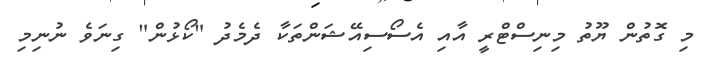
މި ގޮތުން ޔޫތު މިނިސްޓްރީ އާއި އެސޯސިއޭޝަންތަކާ ދެމެދު "ކޯޅުން" ގިނަވެ ނުނިމި